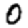
Digit: 0